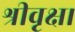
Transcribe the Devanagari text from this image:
श्रीवृक्ष।